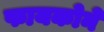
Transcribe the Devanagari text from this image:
फायकोने